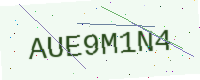
Text: AUE9M1N4